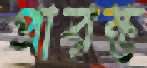
প্রারম্ভ